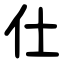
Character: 仕